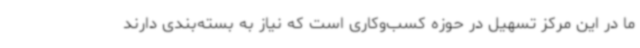
ما در این مرکز تسهیل در حوزه کسب‌وکاری است که نیاز به بسته‌بندی دارند